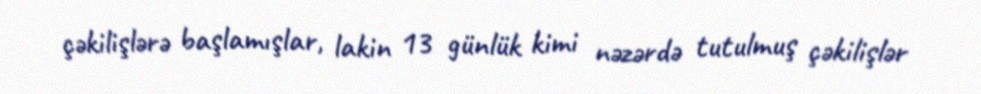
çəkilişlərə başlamışlar, lakin 13 günlük kimi nəzərdə tutulmuş çəkilişlər